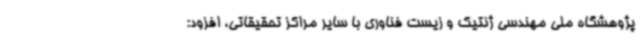
پژوهشگاه ملی مهندسی ژنتیک و زیست فناوری با سایر مراکز تحقیقاتی، افزود: